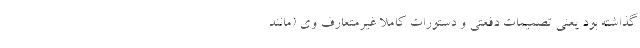
گذاشته بود یعنی تصمیمات دفعتی و دستورات کاملا غیرمتعارف وی (مانند